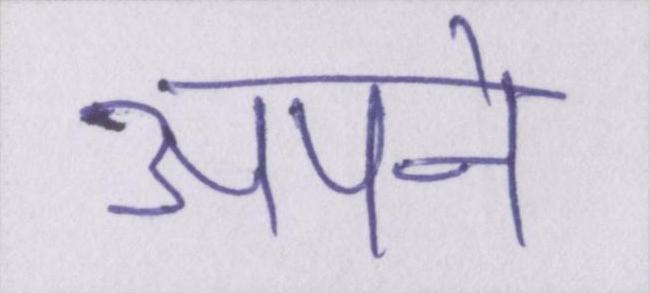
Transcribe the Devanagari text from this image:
अपने